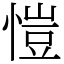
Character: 愷